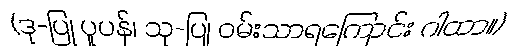
(ဒု-ပြု ပူပန်၊ သု-ပြု ဝမ်းသာရကြောင်း ဂါထာ။)